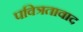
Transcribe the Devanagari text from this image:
पवित्रतावाद